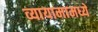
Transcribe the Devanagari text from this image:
व्यायामामध्ये